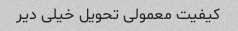
کیفیت معمولی تحویل خیلی دیر